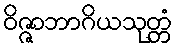
ဝိဇ္ဇာဘာဂိယသုတ္တံ